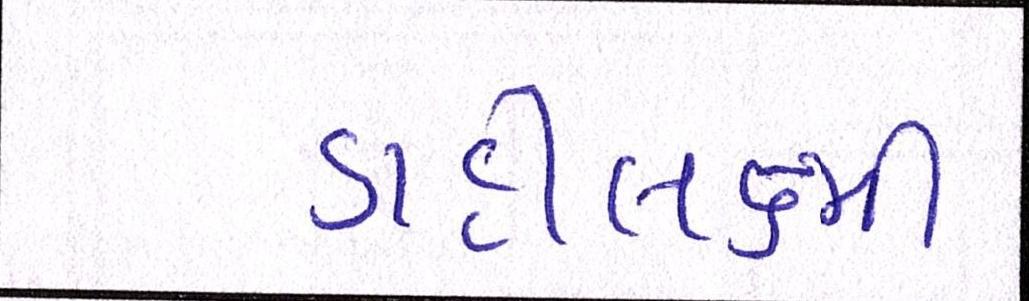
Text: ડાહીલક્ષ્મી